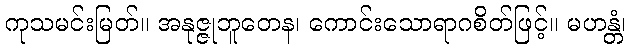
ကုသမင်းမြတ်။ အနုဇ္ဇုဘူတေန၊ ကောင်းသောရာဂစိတ်ဖြင့်။ မဟန္တံ၊